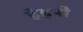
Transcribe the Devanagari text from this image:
हेइपी